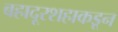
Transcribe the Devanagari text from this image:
बहादूरशहाकडून